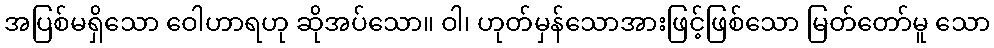
အပြစ်မရှိသော ဝေါဟာရဟု ဆိုအပ်သော။ ဝါ၊ ဟုတ်မှန်သောအားဖြင့်ဖြစ်သော မြတ်တော်မူ သော